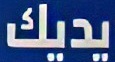
يديك